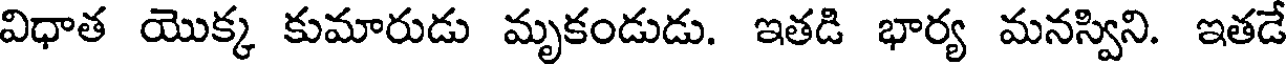
విధాత యొక్క కుమారుడు మృకండుడు. ఇతడి భార్య మనస్విని. ఇతడే